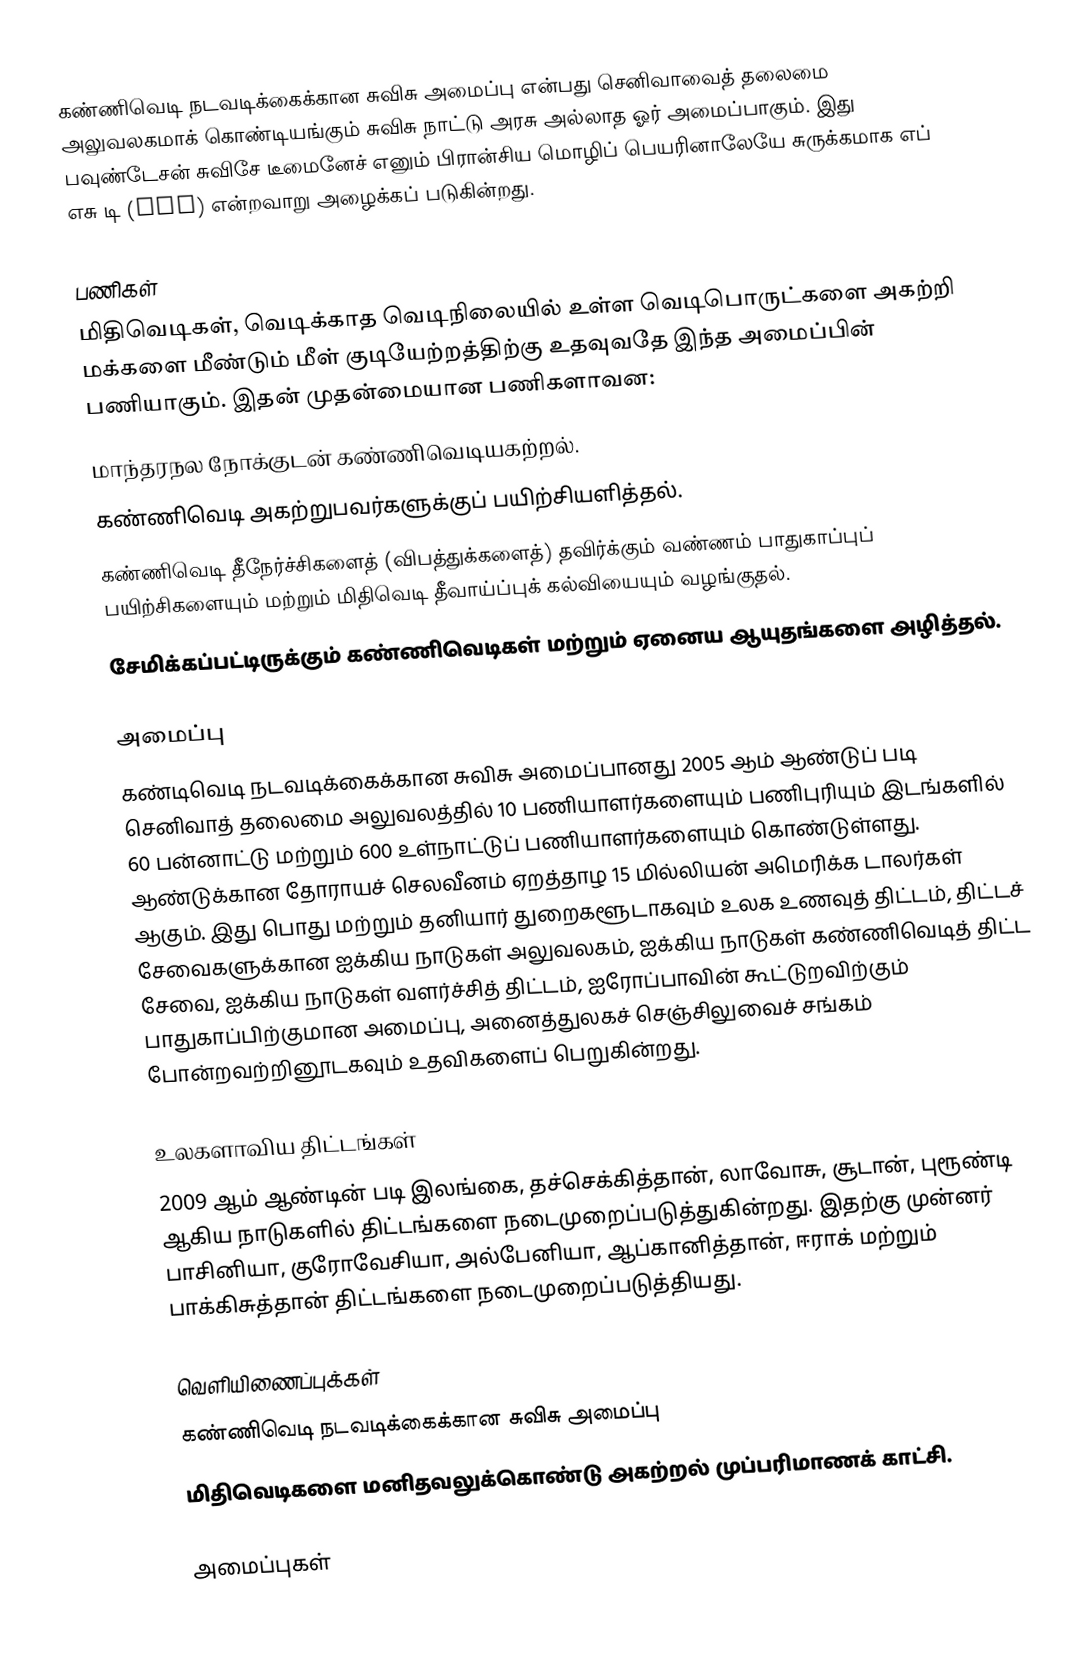
கண்ணிவெடி நடவடிக்கைக்கான சுவிசு அமைப்பு  என்பது செனிவாவைத் தலைமை அலுவலகமாக் கொண்டியங்கும் சுவிசு நாட்டு அரசு அல்லாத ஓர் அமைப்பாகும். இது பவுண்டேசன் சுவிசே டீமைனேச் எனும் பிரான்சிய மொழிப் பெயரினாலேயே சுருக்கமாக எப் எசு டி (FSD) என்றவாறு அழைக்கப் படுகின்றது.

பணிகள்
மிதிவெடிகள், வெடிக்காத வெடிநிலையில் உள்ள வெடிபொருட்களை அகற்றி மக்களை மீண்டும் மீள் குடியேற்றத்திற்கு உதவுவதே இந்த அமைப்பின் பணியாகும். இதன் முதன்மையான பணிகளாவன:
மாந்தரநல நோக்குடன் கண்ணிவெடியகற்றல்.
கண்ணிவெடி அகற்றுபவர்களுக்குப் பயிற்சியளித்தல்.
கண்ணிவெடி தீநேர்ச்சிகளைத் (விபத்துக்களைத்) தவிர்க்கும் வண்ணம் பாதுகாப்புப் பயிற்சிகளையும் மற்றும் மிதிவெடி தீவாய்ப்புக் கல்வியையும் வழங்குதல்.
சேமிக்கப்பட்டிருக்கும் கண்ணிவெடிகள் மற்றும் ஏனைய ஆயுதங்களை அழித்தல்.

அமைப்பு
கண்டிவெடி நடவடிக்கைக்கான சுவிசு அமைப்பானது 2005 ஆம் ஆண்டுப் படி செனிவாத் தலைமை அலுவலத்தில் 10 பணியாளர்களையும் பணிபுரியும் இடங்களில் 60 பன்னாட்டு மற்றும் 600 உள்நாட்டுப் பணியாளர்களையும் கொண்டுள்ளது. ஆண்டுக்கான தோராயச் செலவீனம் ஏறத்தாழ 15 மில்லியன் அமெரிக்க டாலர்கள் ஆகும். இது பொது மற்றும் தனியார் துறைகளூடாகவும் உலக உணவுத் திட்டம், திட்டச் சேவைகளுக்கான ஐக்கிய நாடுகள் அலுவலகம், ஐக்கிய நாடுகள் கண்ணிவெடித் திட்ட சேவை, ஐக்கிய நாடுகள் வளர்ச்சித் திட்டம்,  ஐரோப்பாவின் கூட்டுறவிற்கும் பாதுகாப்பிற்குமான அமைப்பு, அனைத்துலகச் செஞ்சிலுவைச் சங்கம் போன்றவற்றினூடகவும் உதவிகளைப் பெறுகின்றது.

உலகளாவிய திட்டங்கள்
2009 ஆம் ஆண்டின் படி இலங்கை, தச்செக்கித்தான், லாவோசு, சூடான், புரூண்டி ஆகிய நாடுகளில் திட்டங்களை நடைமுறைப்படுத்துகின்றது. இதற்கு முன்னர் பாசினியா, குரோவேசியா, அல்பேனியா, ஆப்கானித்தான், ஈராக் மற்றும் பாக்கிசுத்தான் திட்டங்களை நடைமுறைப்படுத்தியது.

வெளியிணைப்புக்கள்
கண்ணிவெடி நடவடிக்கைக்கான சுவிசு அமைப்பு
மிதிவெடிகளை மனிதவலுக்கொண்டு அகற்றல் முப்பரிமாணக் காட்சி.

அமைப்புகள்